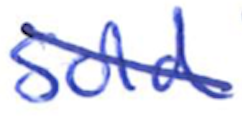
Text: sold
Cross-out: diagonal
Writing tool: ballpoint